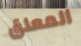
المعلق